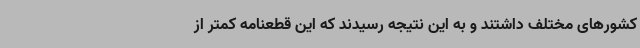
کشورهای مختلف داشتند و به این نتیجه رسیدند که این قطعنامه کمتر از